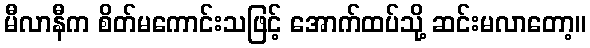
မီလာနီက စိတ်မကောင်းသဖြင့် အောက်ထပ်သို့ ဆင်းမလာတော့။